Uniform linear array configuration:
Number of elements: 24
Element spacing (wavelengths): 1
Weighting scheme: binomial
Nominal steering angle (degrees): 0
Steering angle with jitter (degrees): -1.736
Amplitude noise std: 0.05
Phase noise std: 0.05

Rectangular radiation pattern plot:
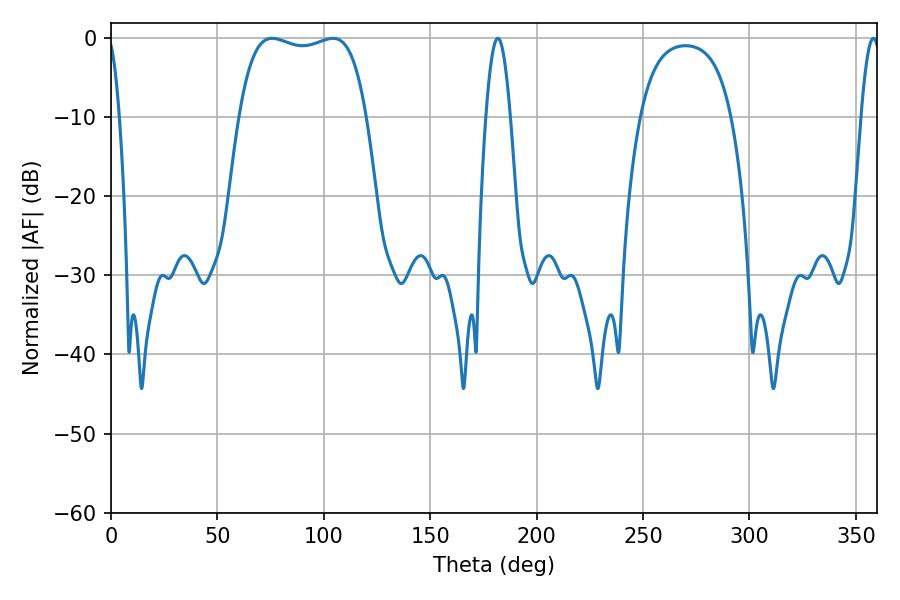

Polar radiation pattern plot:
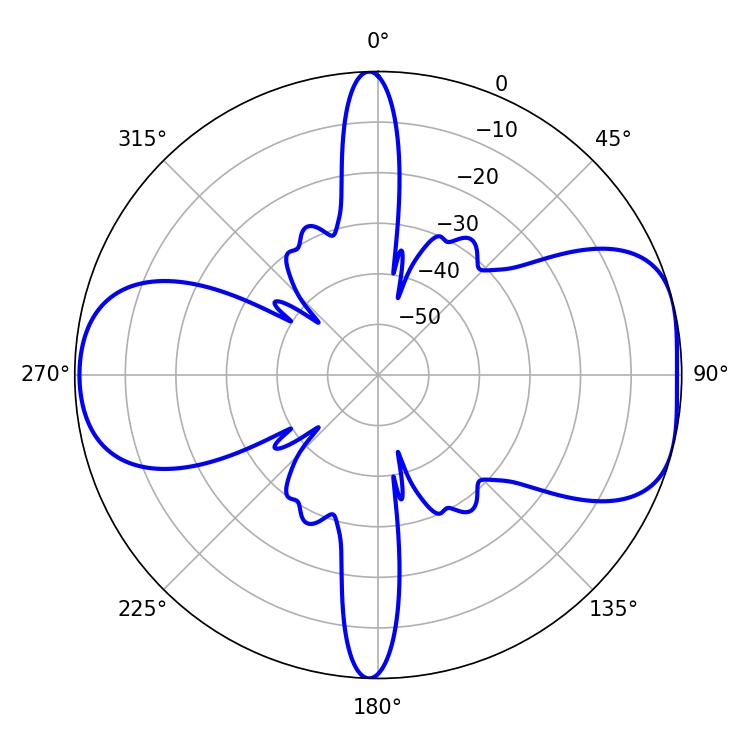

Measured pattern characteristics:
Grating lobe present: TRUE
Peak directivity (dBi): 7.472
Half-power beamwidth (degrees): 47.88
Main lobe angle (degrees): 75.78